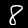
Label: 8